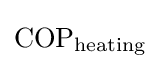
{\rm {COP}}_{\rm {heating}}